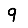
Digit: 9